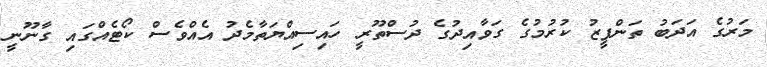
މަރުގެ އަދަބު ތަންފީޒު ކުރުމުގެ ގަވާއިދުގެ ދުސްތޫރީ ހައިސިއްޔަތާމެދު އެއްވެސް ކޯޓެއްގައި ގާނޫނީ